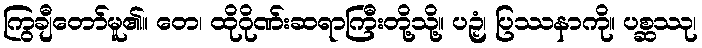
ကြွချီတော်မူ၏။ တေ၊ ထိုဂိုဏ်းဆရာကြီးတို့သို့။ ပဉှံ၊ ပြဿနာကို။ ပစ္ဆဿု၊